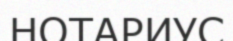
НОТАРИУС